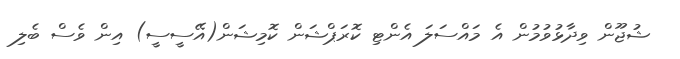
ޝުޖޫން ވިދާޅުވުމުން އެ މައްސަލަ އެންޓި ކޮރަޕްޝަން ކޮމިޝަން(އޭސީސީ) އިން ވެސް ބެލި